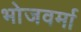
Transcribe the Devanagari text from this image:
भोजवर्मा